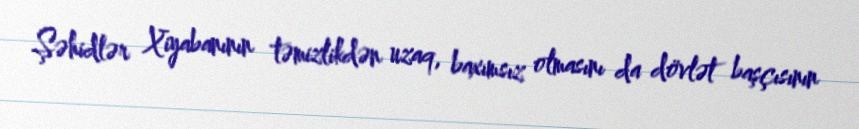
Şəhidlər Xiyabanının təmizlikdən uzaq, baxımsız olmasını da dövlət başçısının